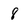
Character: 8